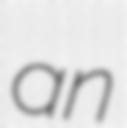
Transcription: an